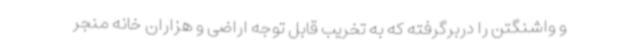
و واشنگتن را دربرگرفته که به تخریب قابل توجه اراضی و هزاران خانه منجر